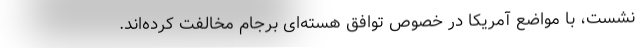
نشست، با مواضع آمریکا در خصوص توافق هسته‌ای برجام مخالفت کرده‌اند.